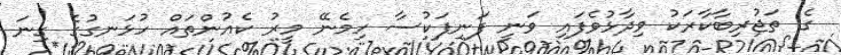
ގެ ތަޖުރިބާކާރަކު ވިދާޅުވެފައި ވަނީ ފަނިފަކުސާ ހިމެނޭ މީރު ކެއުންތައް ހުޅަނގުގެ ގިނަ